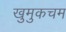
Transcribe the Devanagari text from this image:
खुमुकचम